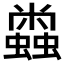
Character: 𰳝